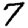
Digit: 7